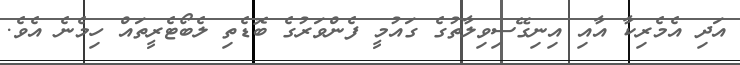
އަދި އެމެރިކާ އާއި އިނިގޭސިވިލާތުގެ ގައުމީ ފެންވަރުގެ ބޮޑެތި ލެބޯޓެރީތައް ހިމެނެ އެވެ.